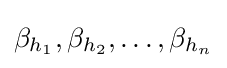
\beta _{h_{1}},\beta _{h_{2}},\ldots ,\beta _{h_{n}}